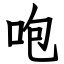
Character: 咆